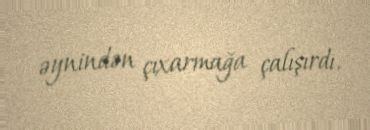
əynindən çıxarmağa çalışırdı.